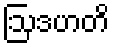
ဩဒဟတိ